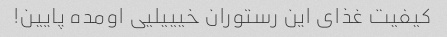
کیفیت غذای این رستوران خیییلیی اومده پایین!